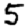
Digit: 5